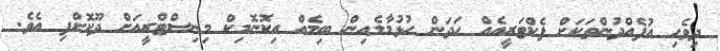
ދިވެހި އުފެއްދުންތަކަށް ފެކްޓަރީއެއް ހަދަން ހުޅުމާލެއިން ބިމެއް އިކޮނޮމިކް މިނިސްޓްރީއަށް ދޫކޮށްފި އެވެ.